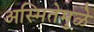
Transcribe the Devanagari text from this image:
अस्मितेमुळे